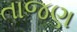
તાજણ